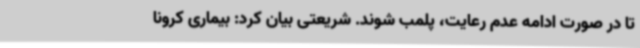
تا در صورت ادامه عدم رعایت، پلمب شوند. شریعتی بیان کرد: بیماری کرونا